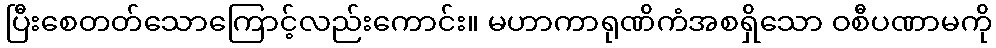
ပြီးစေတတ်သောကြောင့်လည်းကောင်း။ မဟာကာရုဏိကံအစရှိသော ဝစီပဏာမကို